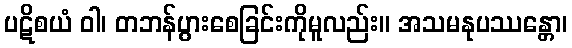
ပဋိစယံ ဝါ၊ တဘန်ပွားစေခြင်းကိုမူလည်း။ အသမနုပဿန္တော၊